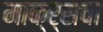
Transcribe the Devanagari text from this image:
माक्र्सचा